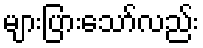
များပြားသော်လည်း